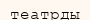
театрды